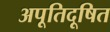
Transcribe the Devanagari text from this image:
अपूतिदूषित